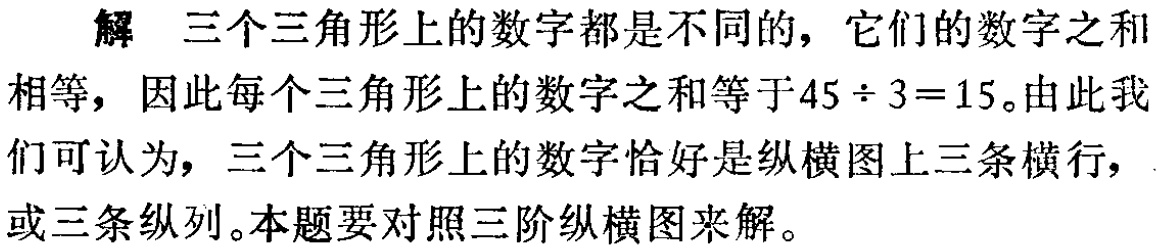
解 三个三角形上的数字都是不同的，它们的数字之和

相等，因此每个三角形上的数字之和等于\(45\div 3 = 15\)。由此我

们可认为，三个三角形上的数字恰好是纵横图上三条横行，

或三条纵列。本题要对照三阶纵横图来解。